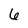
Character: 6